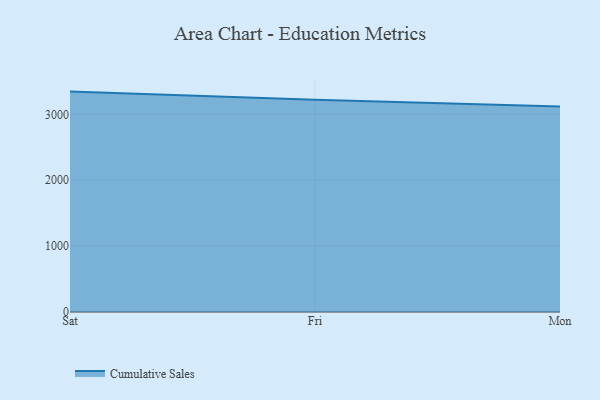
{"axis": {"x": "Day", "y": "Temperature (°C)"}, "legend": ["Cumulative Sales"], "data": [{"x": "Sat", "y": 3345.1, "type": "Cumulative Sales"}, {"x": "Fri", "y": 3222.7, "type": "Cumulative Sales"}, {"x": "Mon", "y": 3120.6, "type": "Cumulative Sales"}]}